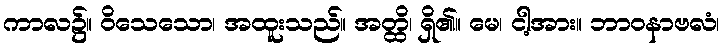
ကာလ၌။ ဝိသေသော၊ အထူးသည်။ အတ္ထိ၊ ရှိ၏။ မေ၊ ငါ့အား။ ဘာဝနာဗလံ၊